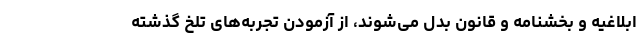
ابلاغیه و بخشنامه و قانون بدل می‌شوند، از آزمودن تجربه‌های تلخ گذشته